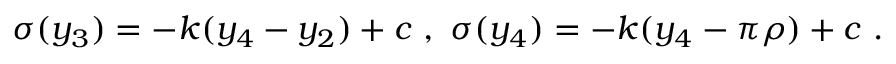
\sigma ( y _ { 3 } ) = - k ( y _ { 4 } - y _ { 2 } ) + c ~ , ~ \sigma ( y _ { 4 } ) = - k ( y _ { 4 } - \pi \rho ) + c ~ . ~ \,